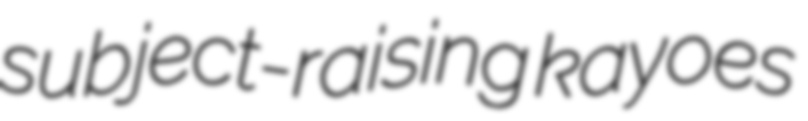
subject-raising kayoes